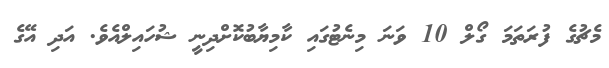
މެޗުގެ ފުރަތަމަ ގޯލް 10 ވަނަ މިނެޓުގައި ކާމިޔާބުކޮށްދިނީ ޝުހައިލްއެވެ. އަދި އޭގެ